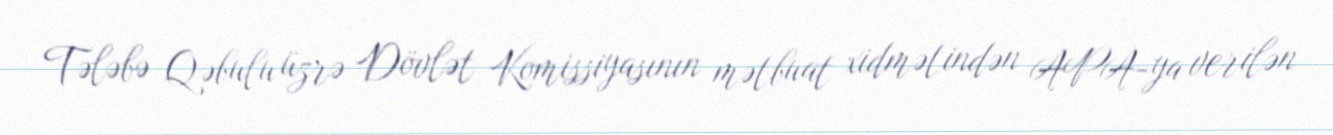
Tələbə Qəbulu üzrə Dövlət Komissiyasının mətbuat xidmətindən APA-ya verilən